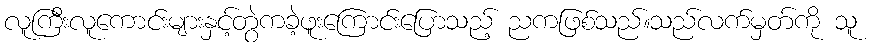
လူကြီးလူကောင်းများနှင့်တွဲကခဲ့ဖူးကြောင်းပြောသည့် ညကဖြစ်သည်။သည်လက်မှတ်ကို သူ